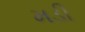
મડી